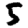
Digit: 5